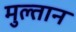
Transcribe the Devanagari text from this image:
मुल्‍तान